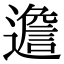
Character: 𨗧